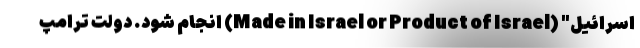
اسرائیل" (Made in Israel or Product of Israel) انجام شود. دولت ترامپ